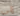
إلى